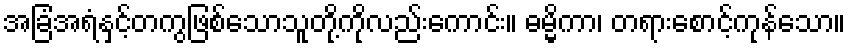
အခြံအရံနှင့်တကွဖြစ်သောသူတို့ကိုလည်းကောင်း။ ဓမ္မိကာ၊ တရားစောင့်ကုန်သော။